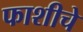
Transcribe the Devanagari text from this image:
फाशीचे